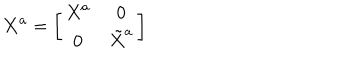
{ \bf X } ^ { a } = \left[ \begin{array} { c c } { { { X } ^ { a } } } & { { 0 } } \\ { { 0 } } & { { \tilde { X } ^ { a } } } \\ \end{array} \right]